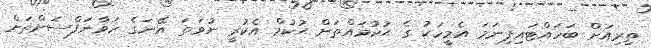
ތިރިއަށް ބަހައްޓައިފިނަމަ އެމީހަކު ގެ ޙުކުމައްތަށް ޙުކުމް އެކުރީ ނުވަތަ އޭނަގެ ހަވާނަފްސަށްތަށް